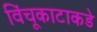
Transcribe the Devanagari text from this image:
विंचूकाटाकडे